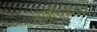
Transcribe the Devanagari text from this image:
शाईचित्रांच्या